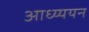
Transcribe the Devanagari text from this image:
आध्य्ययन